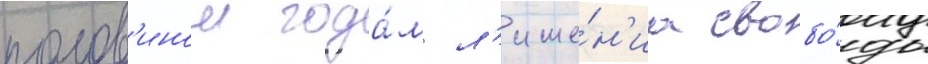
полов'инои года́м л'ише́н'иа свобо́ды